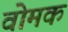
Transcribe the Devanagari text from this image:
वोमक